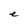
Character: e